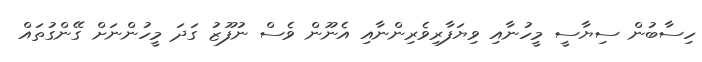
ހިސާބުން ސިޔާސީ މީހުނާއި ވިޔަފާރިވެރިންނާއި އެނޫން ވެސް ނުފޫޒު ގަދަ މީހުންނަށް ގޭންގުތައް